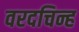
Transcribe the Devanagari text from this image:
वरदचिन्ह